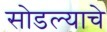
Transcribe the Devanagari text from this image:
सोडल्याचे